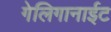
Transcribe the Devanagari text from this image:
गेलिगानाईट